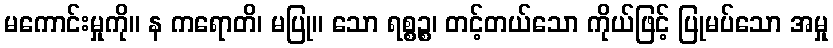
မကောင်းမှုကို။ န ကရောတိ၊ မပြု။ သော ရစ္စဉ္စ၊ တင့်တယ်သော ကိုယ်ဖြင့် ပြုမပ်သော အမှု